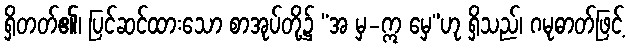
ရှိတတ်၏၊ ပြင်ဆင်ထားသော စာအုပ်တို့၌ “အ မှ-ဣ မှေ”ဟု ရှိသည်၊ ဂမုဓာတ်ဖြင့်